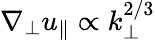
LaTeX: \nabla_{\perp}u_{\| }\propto k_{\perp}^{2/3}